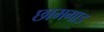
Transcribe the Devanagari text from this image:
छामगाड